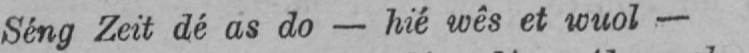
Séng Zeit dé as do - hié wês et wuol-